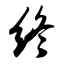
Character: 终